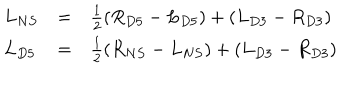
LaTeX: \begin{array} { l l l } { { L _ { N S } } } & { { = } } & { { \frac { 1 } { 2 } ( R _ { D 5 } - L _ { D 5 } ) + ( L _ { D 3 } - R _ { D 3 } ) } } \\ { { L _ { D 5 } } } & { { = } } & { { \frac { 1 } { 2 } ( R _ { N S } - L _ { N S } ) + ( L _ { D 3 } - R _ { D 3 } ) } } \\ \end{array}